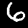
Digit: 6